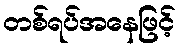
တစ်ရပ်အနေဖြင့်